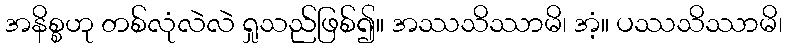
အနိစ္စဟု တစ်လုံလဲလဲ ရှုသည်ဖြစ်၍။ အဿသိဿာမိ၊ အံ့။ ပဿသိဿာမိ၊